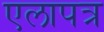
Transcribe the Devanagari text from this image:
एलापत्र